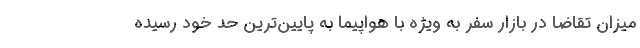
میزان تقاضا در بازار سفر به ویژه با هواپیما به پایین‌ترین حد خود رسیده